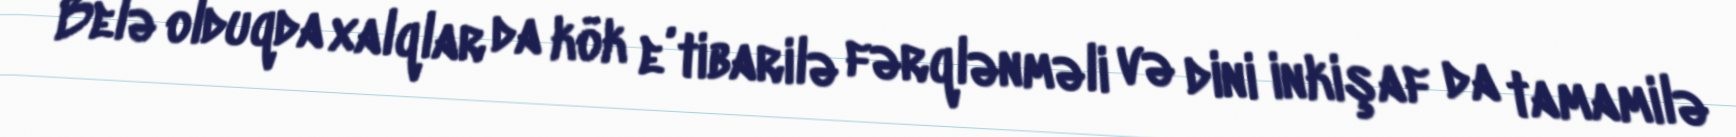
Belə olduqda xalqlar da kök e’tibarilə fərqlənməli və dini inkişaf da tamamilə